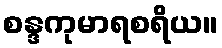
စန္ဒကုမာရစရိယ။